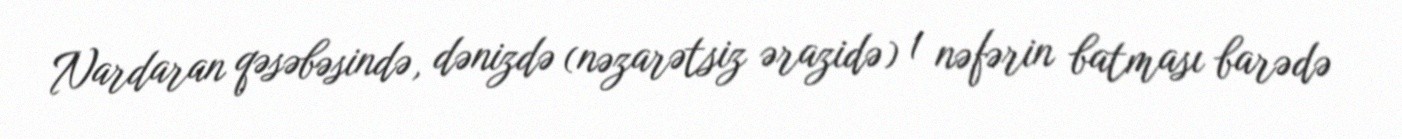
Nardaran qəsəbəsində, dənizdə (nəzarətsiz ərazidə) 1 nəfərin batması barədə